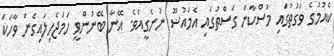
ކެއުމުގެ ވަގުތުގައި މުސްކާން ގަސްތުގައި އެމައުޟޫ ނުނެގީއެވެ. އޭނާ ބޭނުންވީ ހަމަޖެހިލައިގެން ވާހަކަ